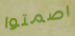
اصمتوا